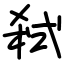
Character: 弒